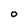
Character: O